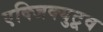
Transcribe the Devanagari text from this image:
एक्जिक्युटूव